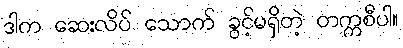
ဒါက ဆေးလိပ် သောက် ခွင့်မရှိတဲ့ တက္ကစီပါ။